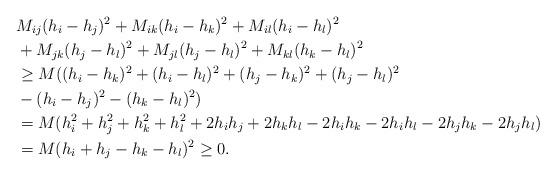
LaTeX: \begin{align*} & M_{ij}(h_i-h_j)^2+M_{ik}(h_i-h_k)^2+M_{il}(h_i-h_l)^2 \\ &+M_{jk}(h_j-h_l)^2+M_{jl}(h_j-h_l)^2+M_{kl}(h_k-h_l)^2 \\ &\geq M((h_i-h_k)^2+(h_i-h_l)^2+(h_j-h_k)^2+(h_j-h_l)^2\\ &-(h_i-h_j)^2-(h_k-h_l)^2)\\ &=M(h_i^2+h_j^2+h_k^2+h_l^2+2h_ih_j+2h_kh_l-2h_ih_k-2h_ih_l-2h_jh_k-2h_jh_l)\\ &=M(h_i+h_j-h_k-h_l)^2\geq 0.\end{align*}